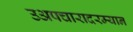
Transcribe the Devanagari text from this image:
उअपचारादरम्यान